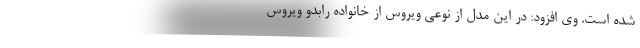
شده است. وی افزود: در این مدل از نوعی ویروس از خانواده رابدو ویروس